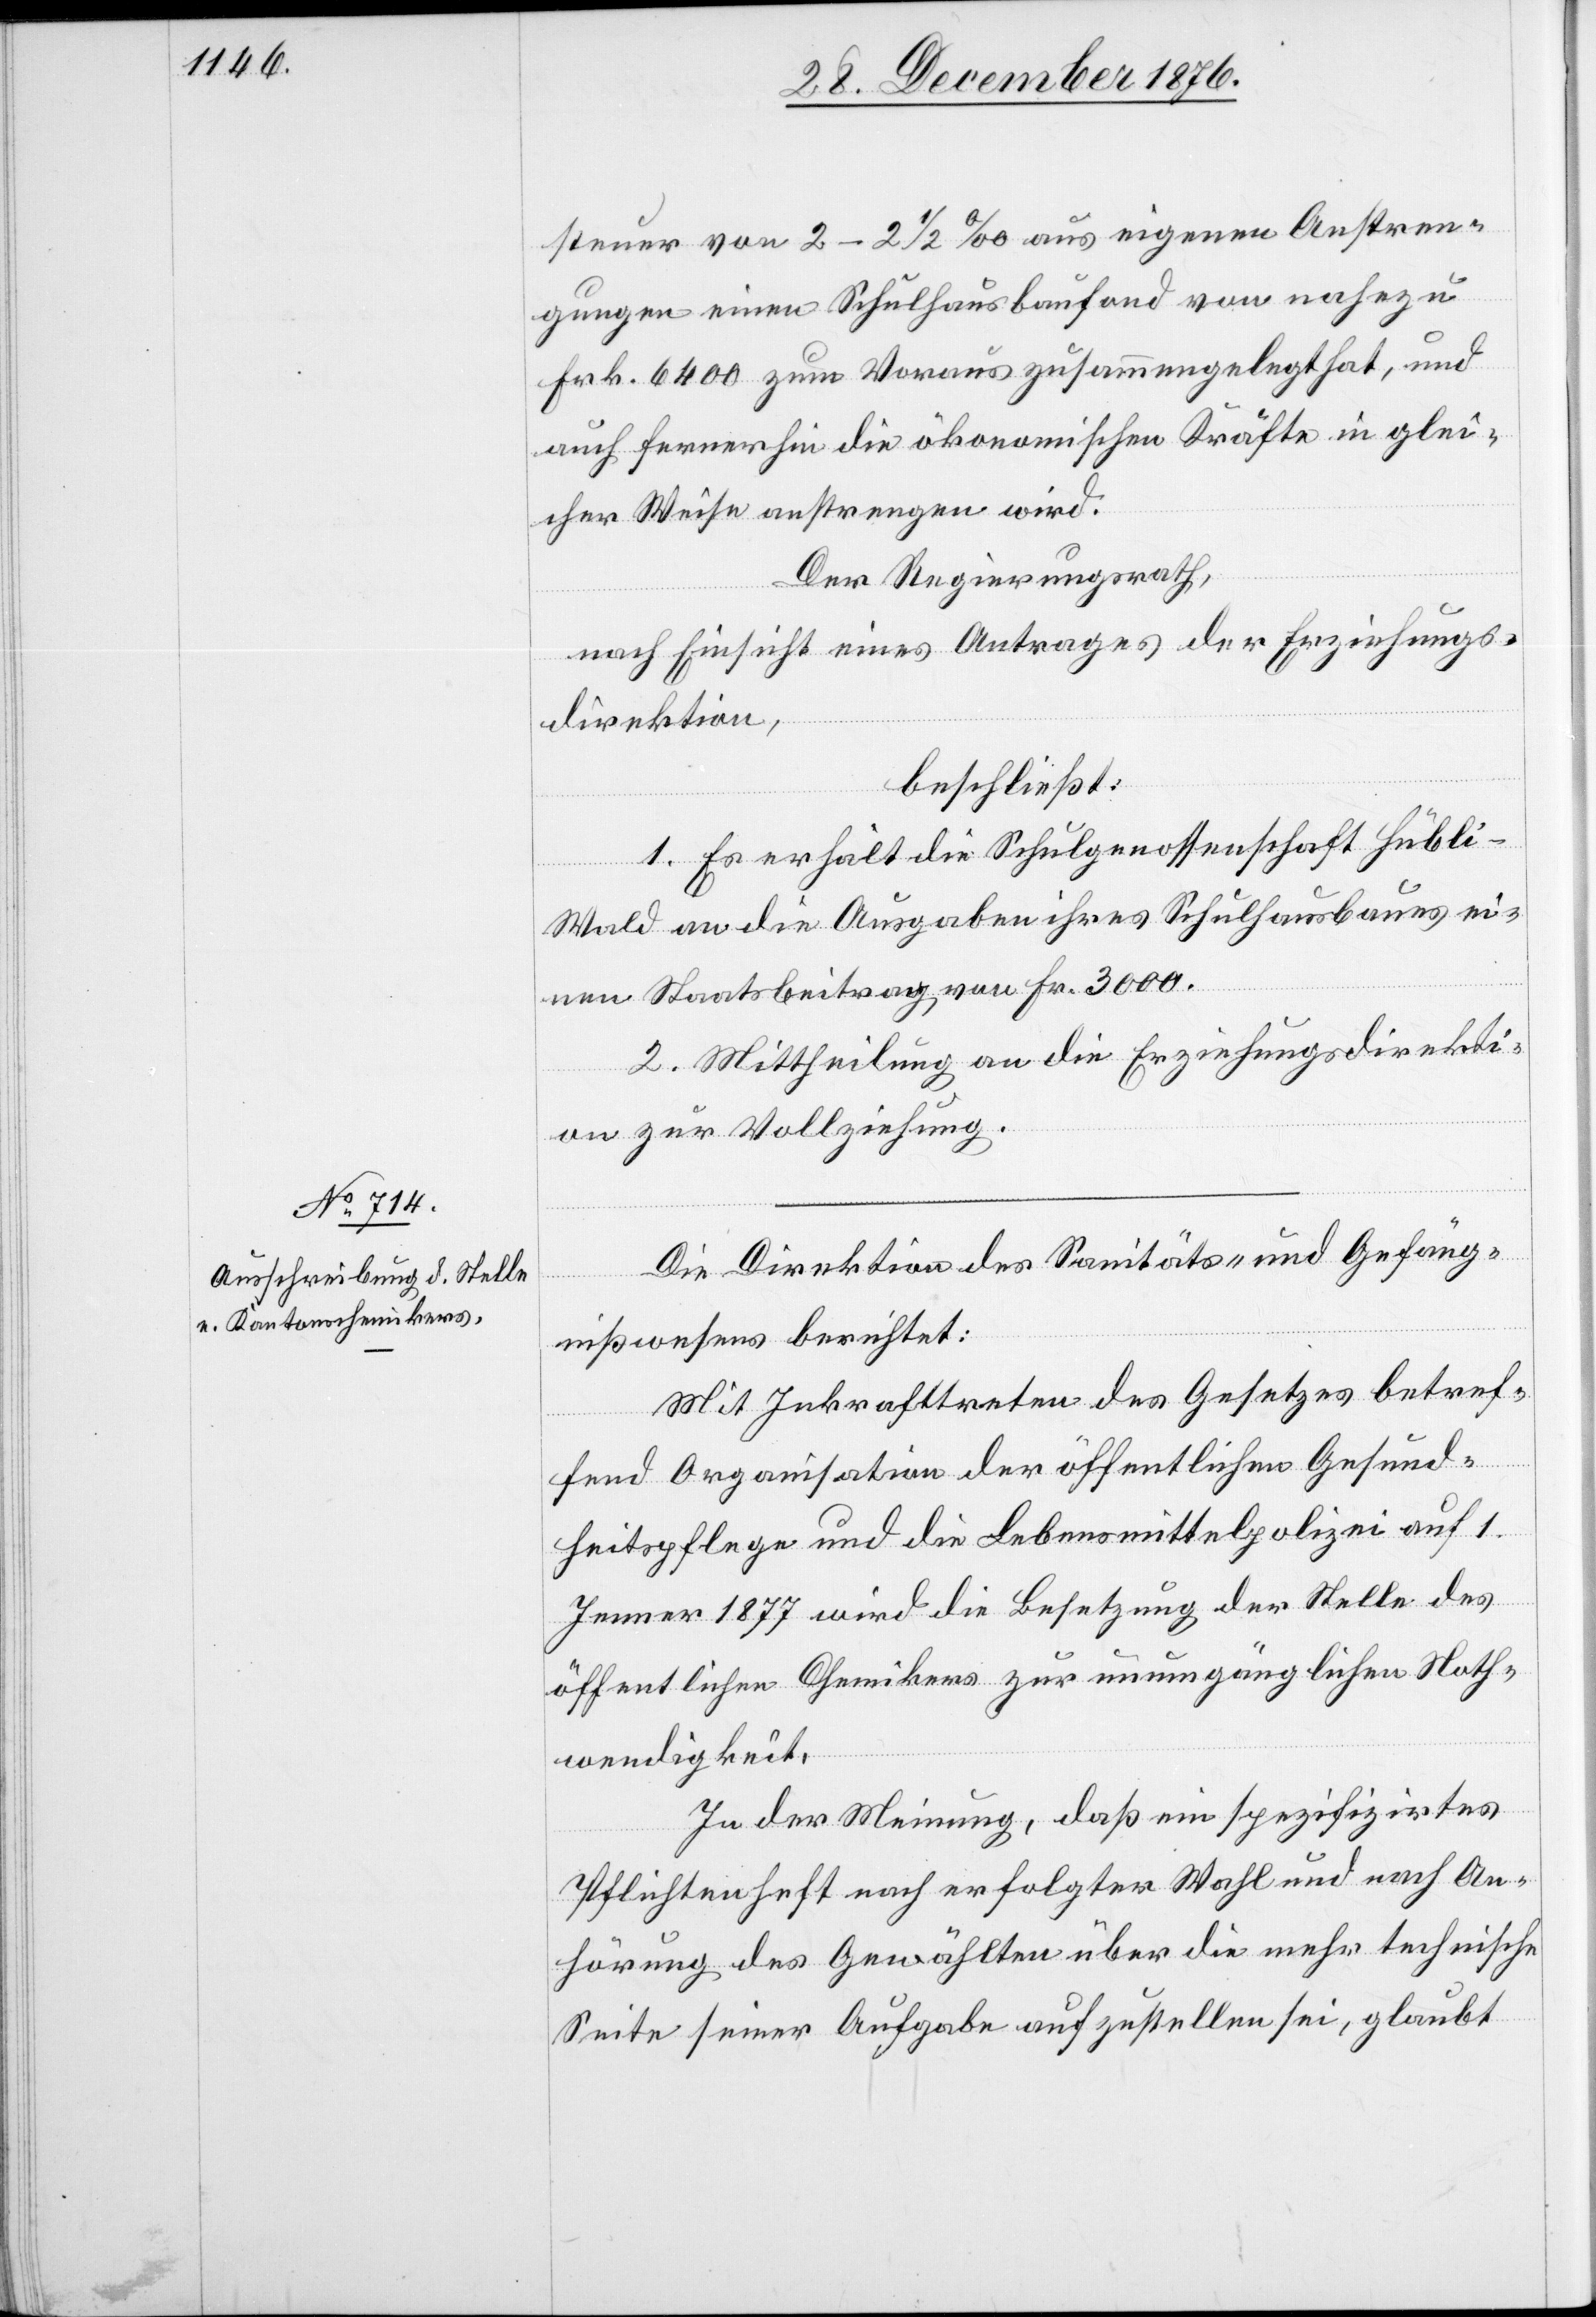
steuer von 2–2 1/2‰ aus eigenen Anstren¬
gungen einen Schulhausbaufond von nahezu
Frk. 6400 zum Voraus zusammengelegt hat, und
auch fernerhin die ökonomischen Kräfte in glei¬
cher Weise anstrengen wird.
Der Regierungsrath,
nach Einsicht eines Antrages der Erziehungs¬
direktion,
beschließt:
1. Es erhält die Schulgenossenschaft Hübli -
Wald an die Ausgaben ihres Schulhausbaues ei¬
nen Staatsbeitrag von Fr. 3000.
2. Mittheilung an die Erziehungsdirekti¬
on zur Vollziehung.
Die Direktion des Sanitäts- und Gefäng¬
nißwesens berichtet:
Mit Inkrafttreten des Gesetzes betref¬
fend Organisation der öffentlichen Gesund¬
heitspflege und die Lebensmittelpolizei auf 1.
Jenner 1877 wird die Besetzung der Stelle des
öffentlichen Chemikers zur unumgänglichen Noth¬
wendigkeit.
In der Meinung, daß ein spezifizirtes
Pflichtenheft nach erfolgter Wahl und nach An¬
hörung des Gewählten über die mehr technische
Seite seiner Aufgabe auszustellen sei, glaubt